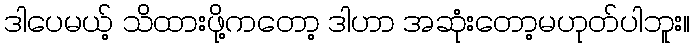
ဒါပေမယ့် သိထားဖို့ကတော့ ဒါဟာ အဆုံးတော့မဟုတ်ပါဘူး။